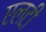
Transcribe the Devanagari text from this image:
एलटी